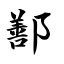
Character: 鄯